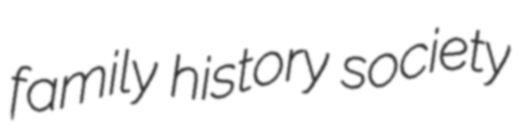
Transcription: family history society